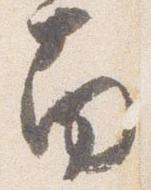
南